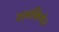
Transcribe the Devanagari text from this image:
रामकियेन